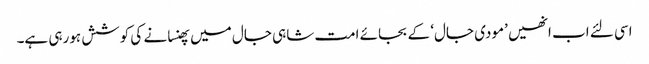
اسی لئے اب انھیں ’مودی جال‘ کے بجائے امت شاہی جال میں پھنسانے کی کوشش ہورہی ہے۔